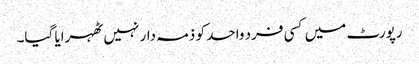
رپورٹ میں کسی فرد واحد کو ذمہ دار نہیں ٹھہرایا گیا۔